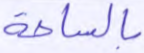
بالساعة